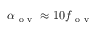
\alpha _ { \mathrm { ~ o ~ v ~ } } \approx 1 0 f _ { \mathrm { ~ o ~ v ~ } }